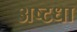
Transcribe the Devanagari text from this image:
अष्टधा